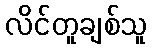
လိင်တူချစ်သူ